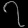
Digit: ၇